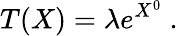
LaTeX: T(X)=\lambda e^{X^{0}}~.